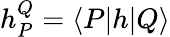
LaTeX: \begin{array}{r}{h_{P}^{Q}=\langle{P}|h|{Q}\rangle}\end{array}